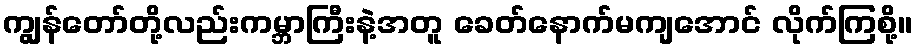
ကျွန်တော်တို့လည်းကမ္ဘာကြီးနဲ့အတူ ခေတ်နောက်မကျအောင် လိုက်ကြစို့။